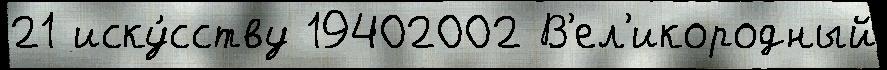
21 иску́сству 19402002 В'ел'икородный